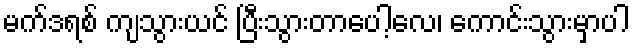
မက်ဒရစ် ကျသွားယင် ပြီးသွားတာပေါ့လေ၊ ကောင်းသွားမှာပါ